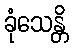
ခုံသေန္တိ